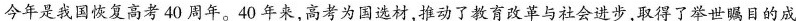
今年是我国恢复高考40周年。40年来，高考为国选材，推动了教育改革与社会进步，取得了举世瞩目的成